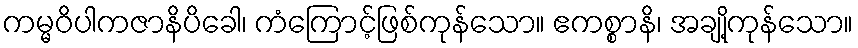
ကမ္မဝိပါကဇာနိပိခေါ၊ ကံကြောင့်ဖြစ်ကုန်သော။ ဧကစ္စာနိ၊ အချို့ကုန်သော။